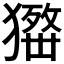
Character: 𤢋